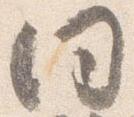
同